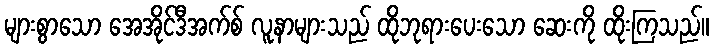
များစွာသော အေအိုင်ဒီအက်စ် လူနာများသည် ထိုဘုရားပေးသော ဆေးကို ထိုးကြသည်။